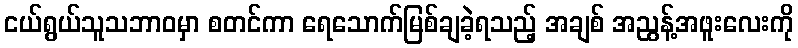
ငယ်ရွယ်သူသဘာဝမှာ စတင်ကာ ရေသောက်မြစ်ချခဲ့ရသည့် အချစ် အညွန့်အဖူးလေးကို